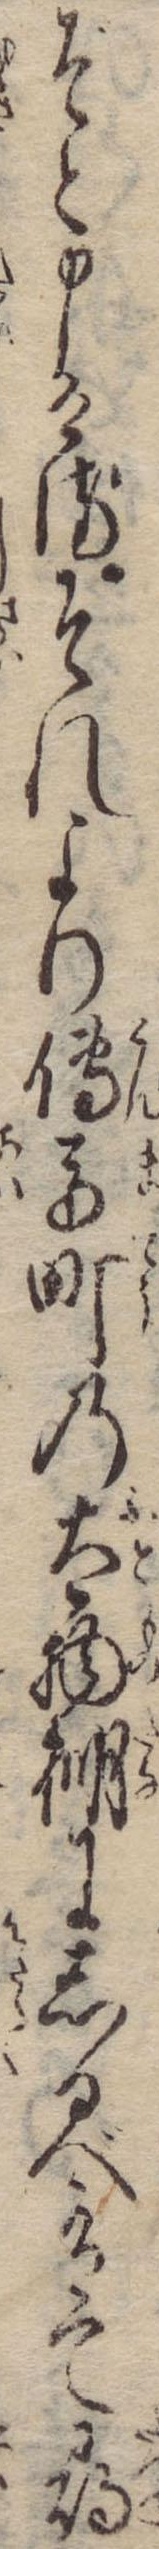
ぞと申けるそれより伝馬町の太物棚にしるべ有て尋